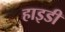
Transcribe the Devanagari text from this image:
हाइडी